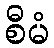
စီမံ